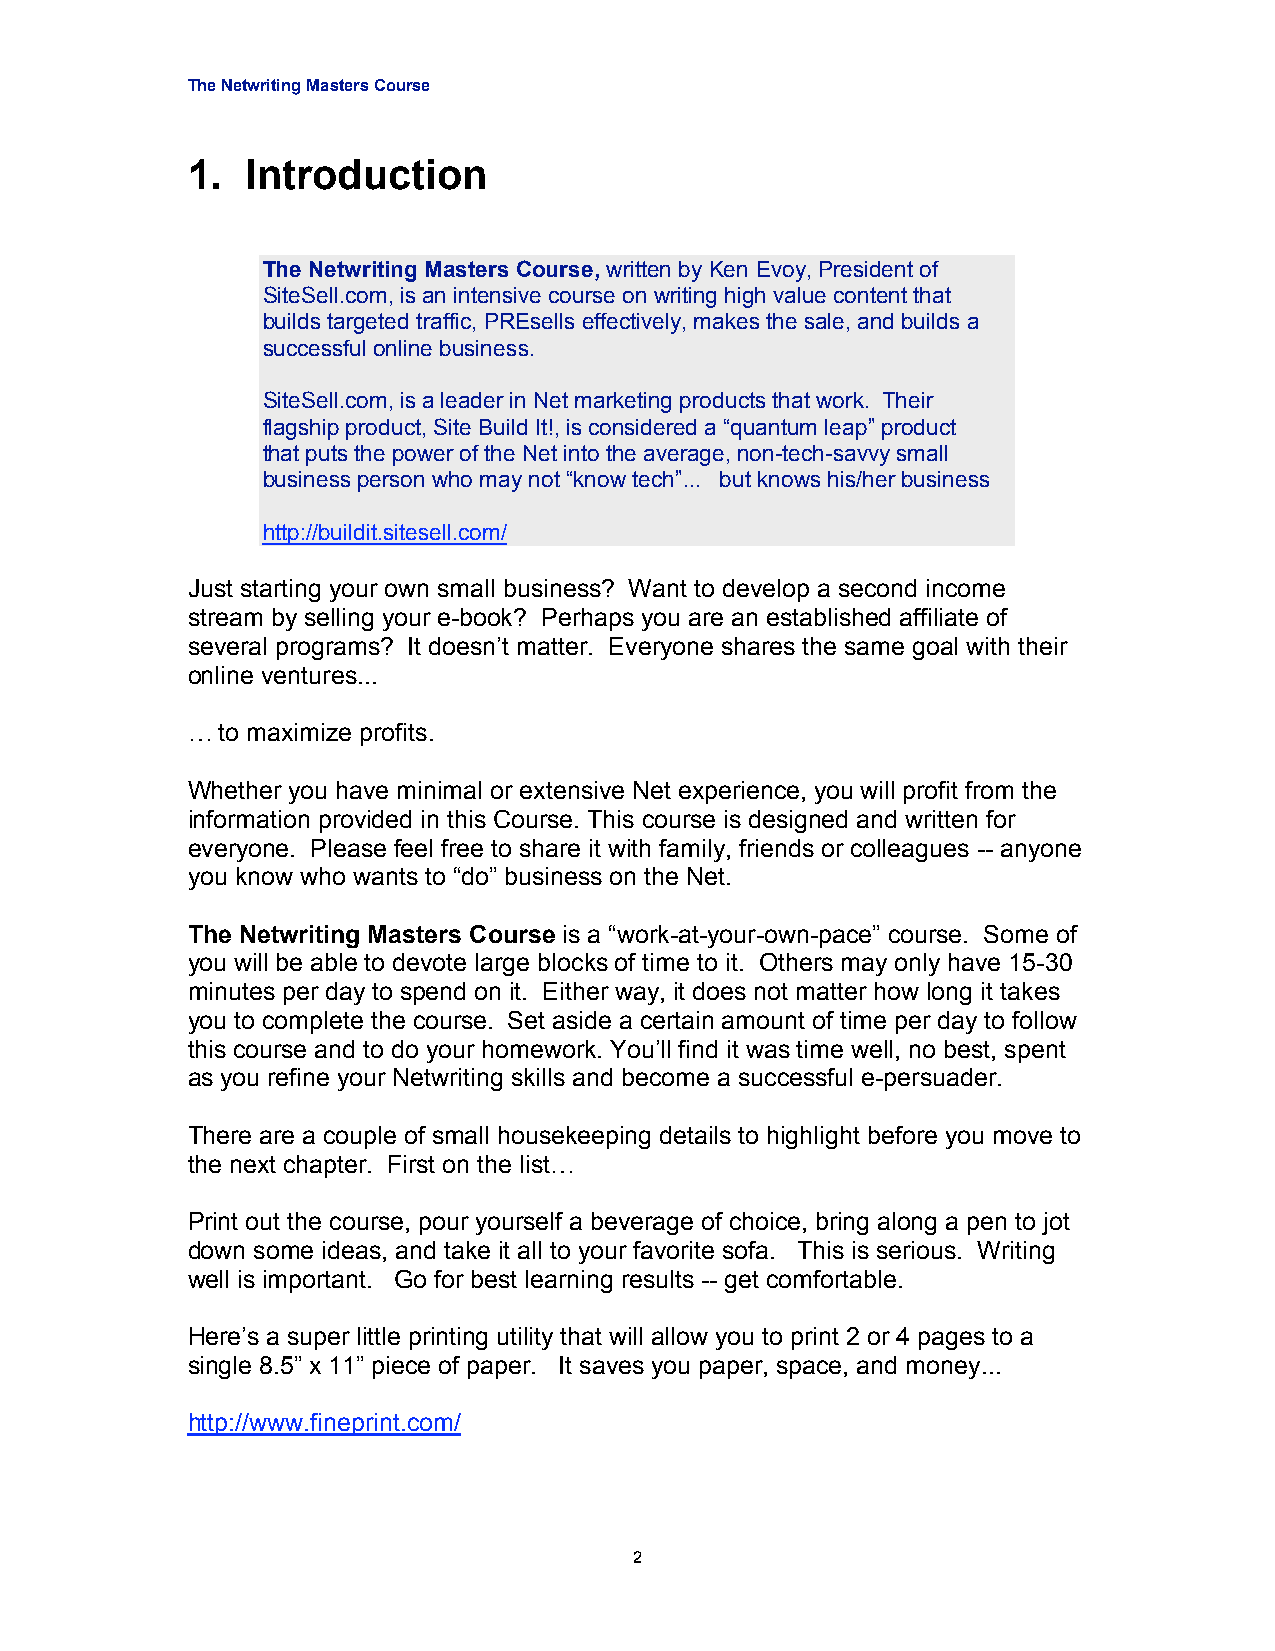
The Netwriting Masters Course
 1.  Introduction
 The Netwriting Masters Course, written by Ken Evoy, President of
 SiteSell.com, is an intensive course on writing high value content that
 builds targeted traffic, PREsells effectively, makes the sale, and builds a
 successful online business.
 SiteSell.com, is a leader in Net marketing products that work. Their
 flagship product, Site Build It!, is considered a “quantum leap” product
 that puts the power of the Net into the average, non-tech-savvy small
 business person who may not “know tech”... but knows his/her business
 http://buildit.sitesell.com/
 Just starting your own small business? Want to develop a second income
 stream by selling your e-book? Perhaps you are an established affiliate of
 several programs? It doesn’t matter. Everyone shares the same goal with their
 online ventures...
 …  to maximize profits.
 Whether you have minimal or extensive Net experience, you will profit from the
 information provided in this Course. This course is designed and written for
 everyone. Please feel free to share it with family, friends or colleagues -- anyone
 you know who wants to “do” business on the Net.
 The Netwriting Masters Course is a “work-at-your-own-pace” course. Some of
 you will be able to devote large blocks of time to it. Others may only have 15-30
 minutes per day to spend on it. Either way, it does not matter how long it takes
 you to complete the course. Set aside a certain amount of time per day to follow
 this course and to do your homework. You’ll find it was time well, no best, spent
 as you refine your Netwriting skills and become a successful e-persuader.
 There are a couple of small housekeeping details to highlight before you move to
 the next chapter. First on the list…
 Print out the course, pour yourself a beverage of choice, bring along a pen to jot
 down some ideas, and take it all to your favorite sofa. This is serious. Writing
 well is important. Go for best learning results -- get comfortable.
 Here’s a super little printing utility that will allow you to print 2 or 4 pages to a
 single 8.5” x 11” piece of paper. It saves you paper, space, and money...
 http://www.fineprint.com/
 2